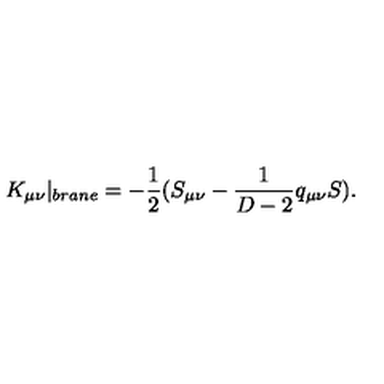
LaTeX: K _ { \mu \nu } | _ { b r a n e } = - \frac { 1 } { 2 } ( S _ { \mu \nu } - \frac { 1 } { D - 2 } q _ { \mu \nu } S ) .